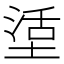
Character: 𡎒